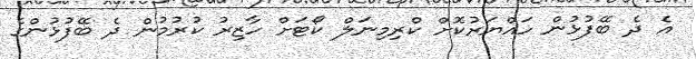
އެ ދެ ބޭފުޅުން ހައްޔަރުކޮށް ކްރިމިނަލް ކޯޓަށް ހާޒިރު ކުރުމުން ދެ ބޭފުޅުންގެ